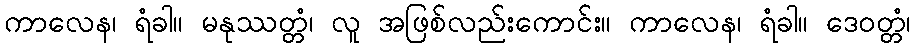
ကာလေန၊ ရံခါ။ မနုဿတ္တံ၊ လူ အဖြစ်လည်းကောင်း။ ကာလေန၊ ရံခါ။ ဒေဝတ္တံ၊